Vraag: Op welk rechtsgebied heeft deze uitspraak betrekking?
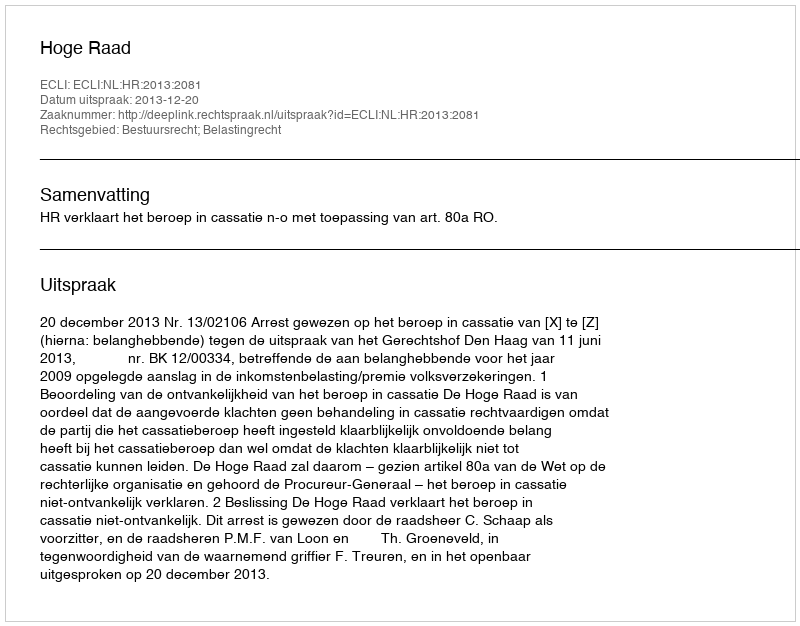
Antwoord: Bestuursrecht; Belastingrecht